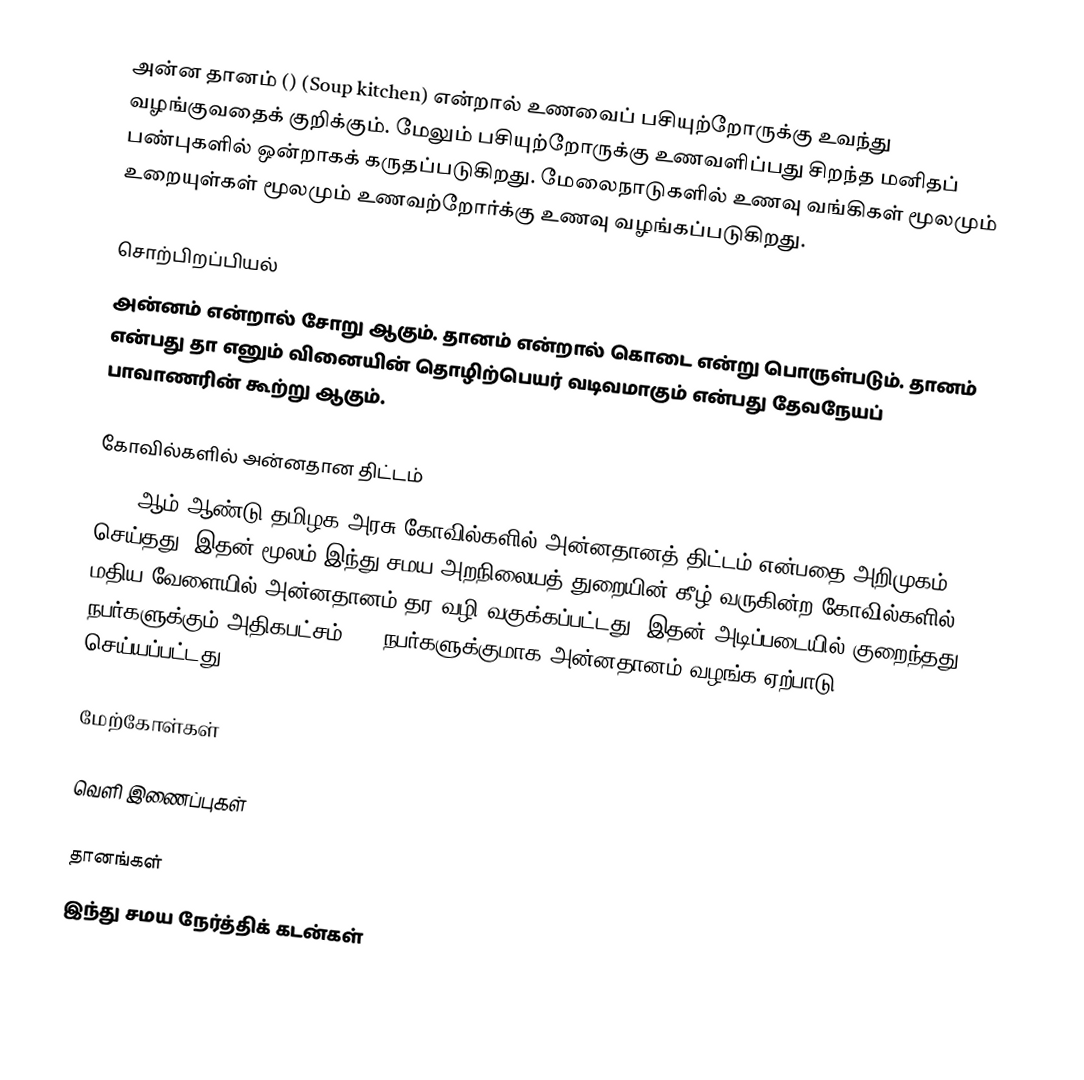
அன்ன தானம் () (Soup kitchen) என்றால் உணவைப் பசியுற்றோருக்கு உவந்து வழங்குவதைக் குறிக்கும். மேலும் பசியுற்றோருக்கு உணவளிப்பது சிறந்த மனிதப் பண்புகளில் ஒன்றாகக் கருதப்படுகிறது. மேலைநாடுகளில் உணவு வங்கிகள் மூலமும் உறையுள்கள் மூலமும்  உணவற்றோர்க்கு உணவு வழங்கப்படுகிறது.

சொற்பிறப்பியல்
அன்னம் என்றால் சோறு ஆகும்.  தானம் என்றால் கொடை என்று பொருள்படும். தானம் என்பது தா எனும் வினையின் தொழிற்பெயர் வடிவமாகும் என்பது தேவநேயப் பாவாணரின் கூற்று ஆகும்.

கோவில்களில் அன்னதான திட்டம்
2011 ஆம் ஆண்டு தமிழக அரசு கோவில்களில் அன்னதானத் திட்டம் என்பதை அறிமுகம் செய்தது. இதன் மூலம் இந்து சமய அறநிலையத் துறையின் கீழ் வருகின்ற கோவில்களில் மதிய வேளையில் அன்னதானம் தர வழி வகுக்கப்பட்டது.  இதன் அடிப்படையில் குறைந்தது 25 நபர்களுக்கும் அதிகபட்சம் 200 நபர்களுக்குமாக அன்னதானம் வழங்க ஏற்பாடு செய்யப்பட்டது.

மேற்கோள்கள்

வெளி இணைப்புகள்

தானங்கள்
இந்து சமய நேர்த்திக் கடன்கள்